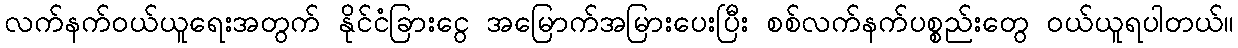
လက်နက်ဝယ်ယူရေးအတွက် နိုင်ငံခြားငွေ အမြောက်အမြားပေးပြီး စစ်လက်နက်ပစ္စည်းတွေ ဝယ်ယူရပါတယ်။